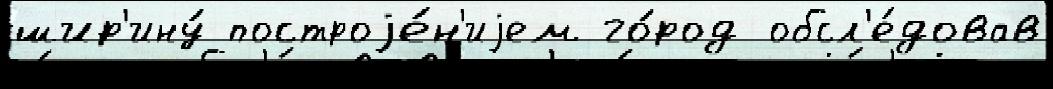
шир'ину́ построjе́н'иjем го́род обсл'е́довав